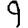
Digit: 9